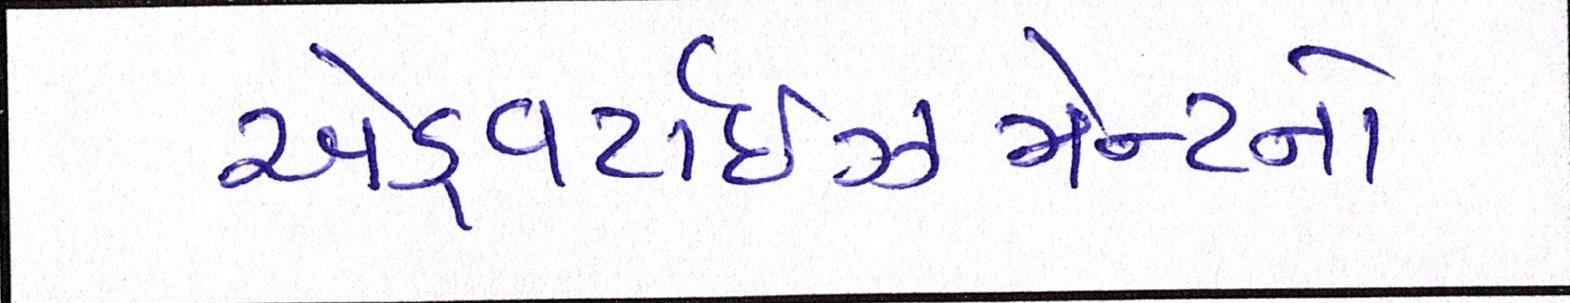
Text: એડ્વર્ટાઇઝમેન્ટનો